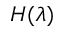
H ( \lambda )